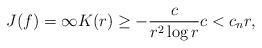
LaTeX: \begin{align*} J(f) = \infty K(r) \ge -\frac{c}{r^2\log r} c<c_n r, \end{align*}